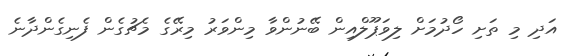
އަދި މި ތަށި ހޯދުމަށް ލިވަޕޫލްއިން ބޭނުންވާ މިންވަރު މިރޭގެ މެޗުގެން ފެނިގެންދާނެ